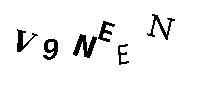
V9NEEN